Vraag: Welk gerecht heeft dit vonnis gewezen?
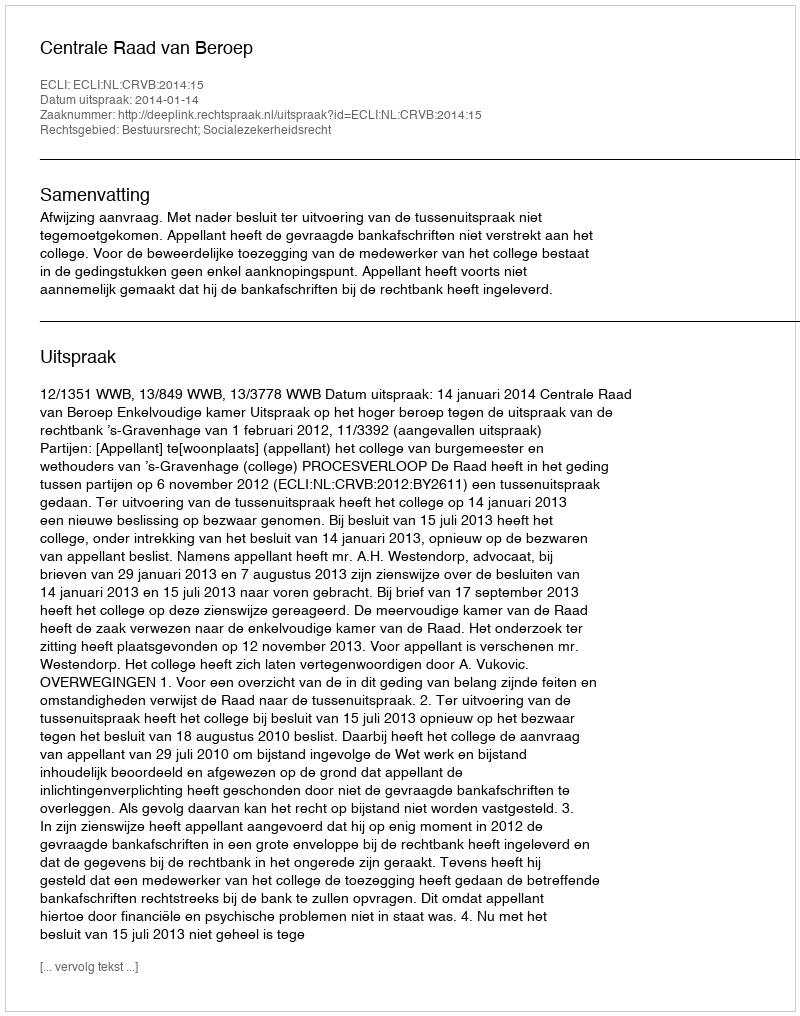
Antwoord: Centrale Raad van Beroep